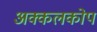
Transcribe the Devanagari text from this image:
अक्कलकोप